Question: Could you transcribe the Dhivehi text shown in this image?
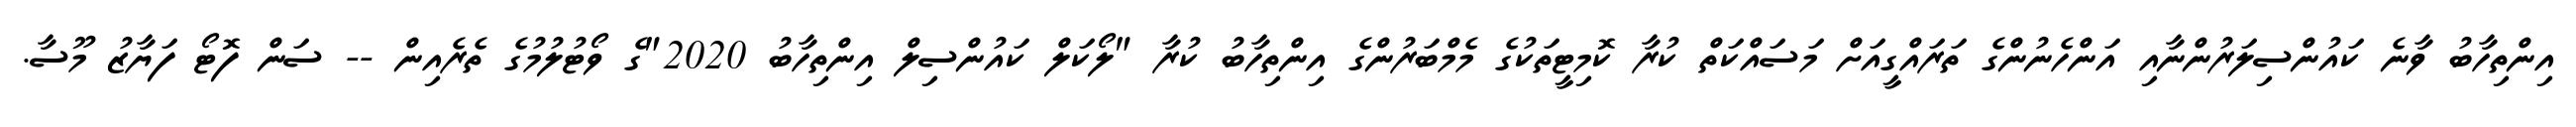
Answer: އިންތިހާބު ވާނެ ކައުންސިލަރުންނާއި އަންހެނުންގެ ތަރައްގީއަށް މަސައްކަތް ކުރާ ކޮމިޓީތަކުގެ މެމްބަރުންގެ އިންތިހާބު ކުރާ "ލޯކަލް ކައުންސިލް އިންތިހާބު 2020"ގެ ވޯޓުލުމުގެ ތެރެއިން -- ސަން ފޮޓޯ ފަޔާޒު މޫސާ.